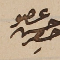
عضو حسن حصِر